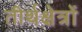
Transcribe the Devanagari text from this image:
तीर्थक्षेत्रों